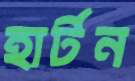
হার্টন